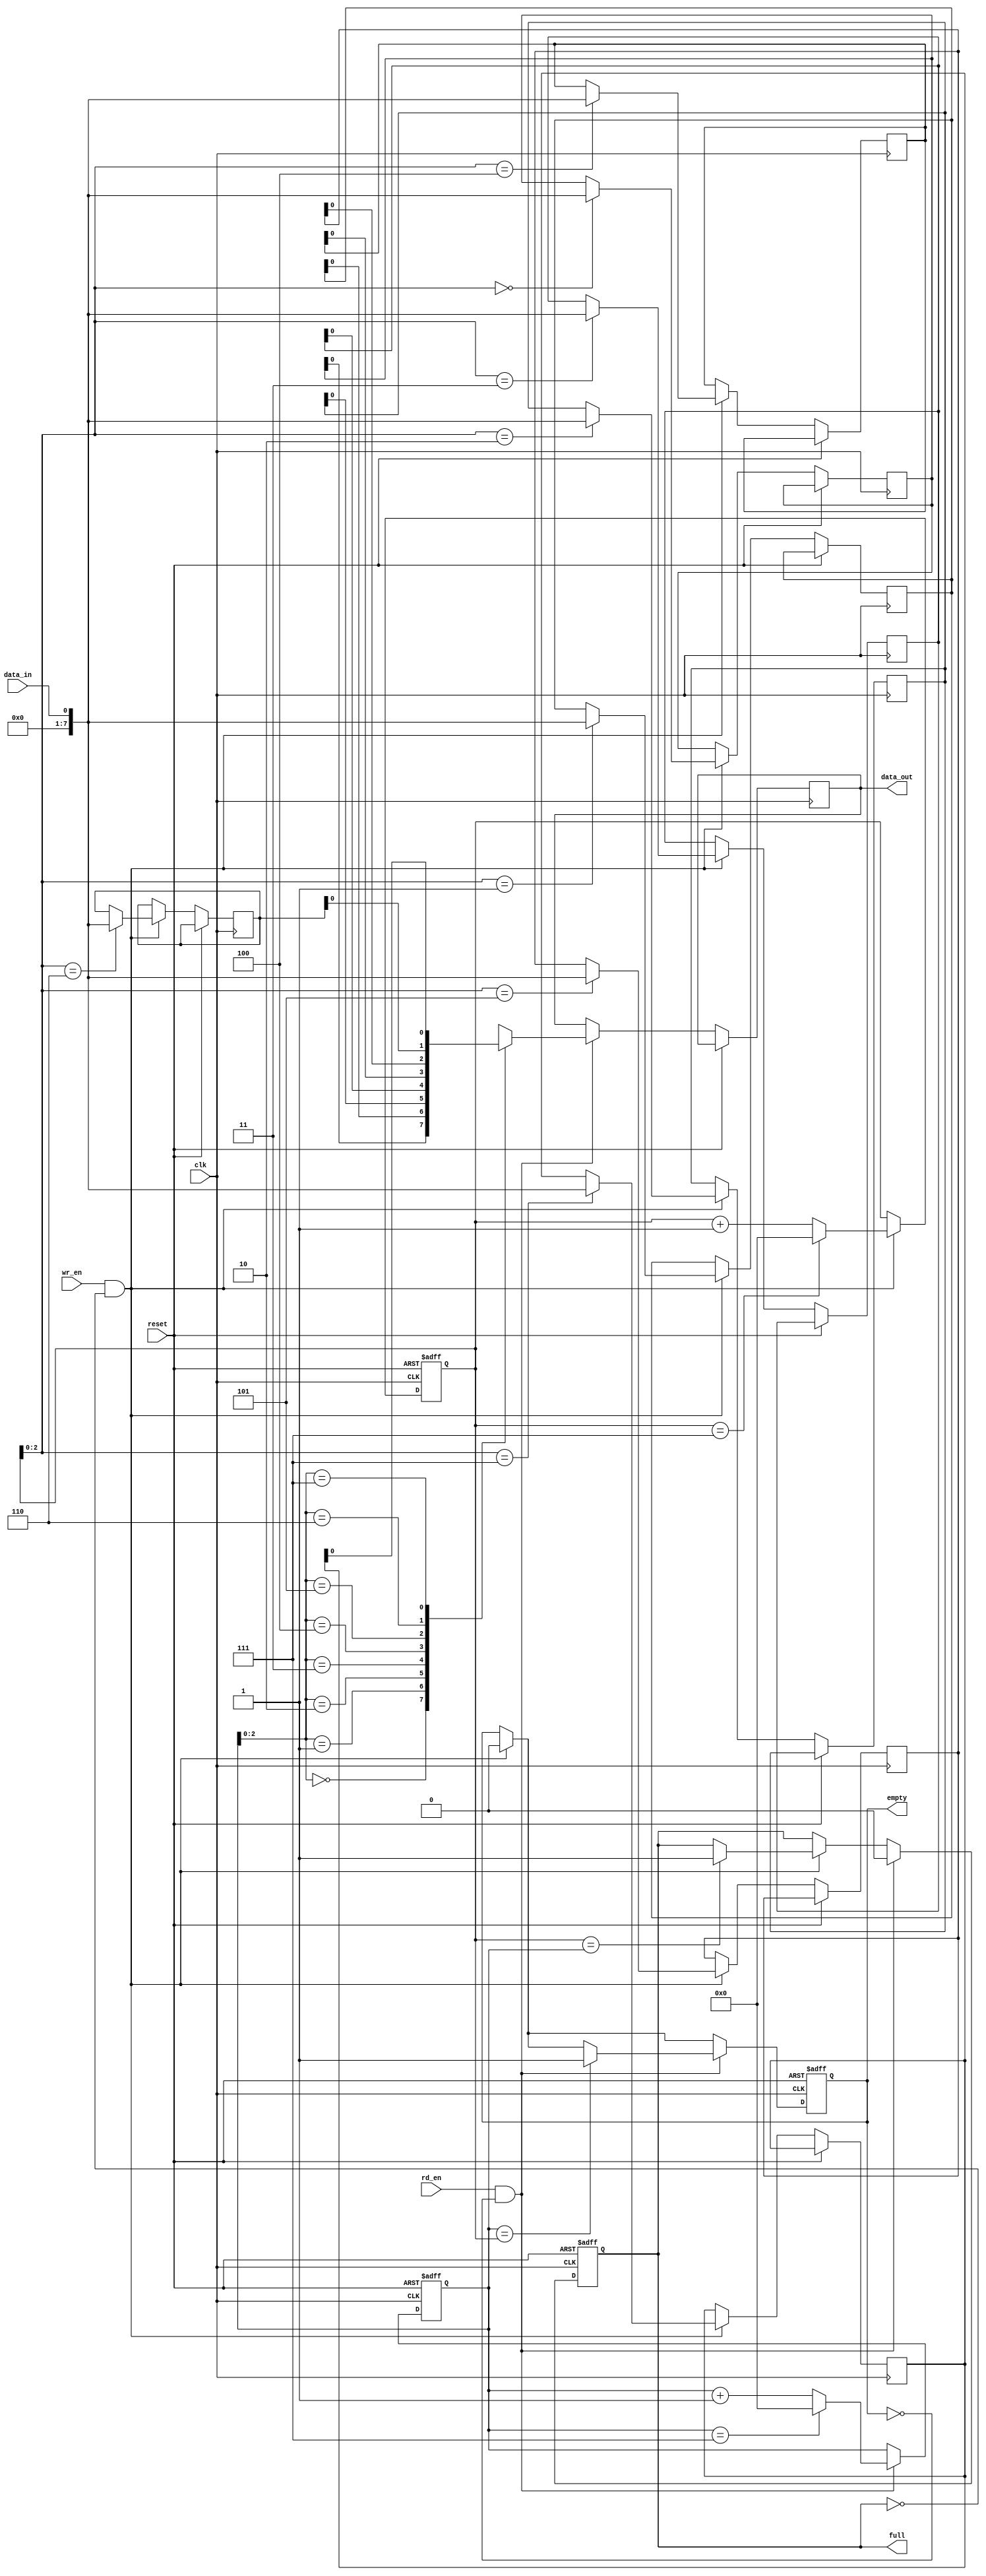
module asynchronous_fifo (
   input wire clk,
   input wire reset,
   input wire wr_en,
   input wire rd_en,
   input wire data_in,
   output reg data_out,
   output reg full,
   output reg empty
);

parameter DEPTH = 8; // programmable depth

reg [7:0] buffer [0:DEPTH-1]; // register-based circular buffer
reg [3:0] wr_ptr, rd_ptr; // write and read pointers

always @ (posedge clk or posedge reset) begin
   if (reset) begin
      wr_ptr <= 0;
      rd_ptr <= 0;
      full <= 0;
      empty <= 1;
   end
   else begin
      if (wr_en && !full) begin
         buffer[wr_ptr] <= data_in;
         wr_ptr <= (wr_ptr == DEPTH-1) ? 0 : wr_ptr+1;
         if (wr_ptr == rd_ptr) full <= 1;
         empty <= 0;
      end
      
      if (rd_en && !empty) begin
         data_out <= buffer[rd_ptr];
         rd_ptr <= (rd_ptr == DEPTH-1) ? 0 : rd_ptr+1;
         if (rd_ptr == wr_ptr) empty <= 1;
         full <= 0;
      end
   end
end

endmodule